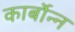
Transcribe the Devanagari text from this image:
कार्बोन्न